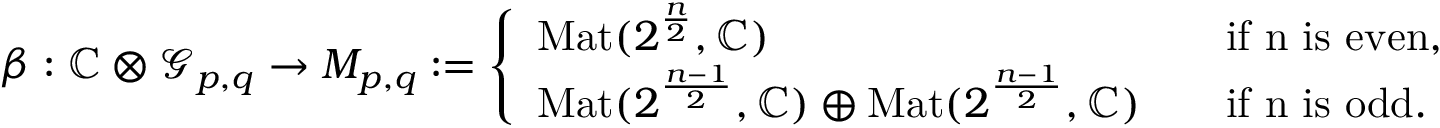
\begin{array} { r } { \beta : \mathbb { C } \otimes \mathcal { G } _ { p , q } \to M _ { p , q } : = \left\lbrace \begin{array} { l l } { \mathrm { M a t } ( 2 ^ { \frac { n } { 2 } } , \mathbb { C } ) } & { \quad \mathrm { i f ~ n ~ i s ~ e v e n } , } \\ { \mathrm { M a t } ( 2 ^ { \frac { n - 1 } { 2 } } , \mathbb { C } ) \oplus \mathrm { M a t } ( 2 ^ { \frac { n - 1 } { 2 } } , \mathbb { C } ) } & { \quad \mathrm { i f ~ n ~ i s ~ o d d } . } \end{array} \right. } \end{array}